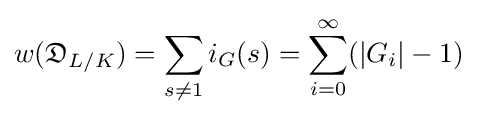
w({\mathfrak {D}}_{L/K})=\sum _{s\neq 1}i_{G}(s)=\sum _{i=0}^{\infty }(|G_{i}|-1)